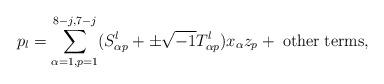
LaTeX: \begin{align*}p_l=\sum_{\alpha=1, p=1}^{8-j,7-j}(S^l_{\alpha p}+\pm\sqrt{-1} T^l_{\alpha p})x_\alpha z_p +\; {\rm other\; terms},\end{align*}